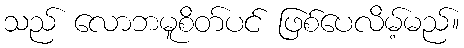
သည် လောဘမူစိတ်ပင် ဖြစ်ပေလိမ့်မည်။